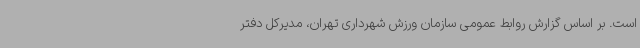
است. بر اساس گزارش روابط عمومی سازمان ورزش شهرداری تهران، مدیرکل دفتر